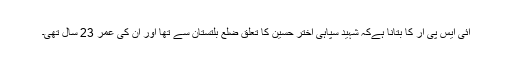
آئی ایس پی آر کا بتانا ہےکہ شہید سپاہی اختر حسین کا تعلق ضلع بلتستان سے تھا اور ان کی عمر 23 سال تھی۔